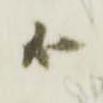
殿